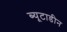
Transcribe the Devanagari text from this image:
ब्यूटाडीन